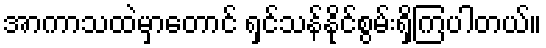
အာကာသထဲမှာတောင် ရှင်သန်နိုင်စွမ်းရှိကြပါတယ်။